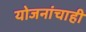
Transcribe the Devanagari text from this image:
योजनांचाही